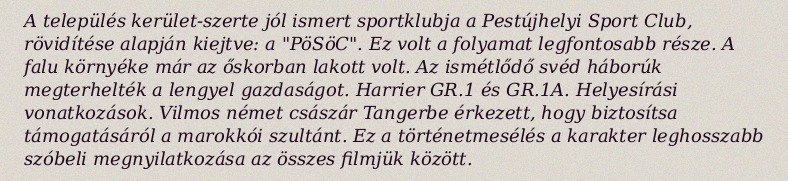
A település kerület-szerte jól ismert sportklubja a Pestújhelyi Sport Club, rövidítése alapján kiejtve: a "PöSöC". Ez volt a folyamat legfontosabb része. A falu környéke már az őskorban lakott volt. Az ismétlődő svéd háborúk megterhelték a lengyel gazdaságot. Harrier GR.1 és GR.1A. Helyesírási vonatkozások. Vilmos német császár Tangerbe érkezett, hogy biztosítsa támogatásáról a marokkói szultánt. Ez a történetmesélés a karakter leghosszabb szóbeli megnyilatkozása az összes filmjük között.